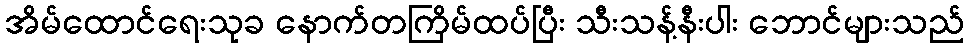
အိမ်ထောင်ရေးသုခ နောက်တကြိမ်ထပ်ပြီး သီးသန့်နီးပါး ဘောင်များသည်